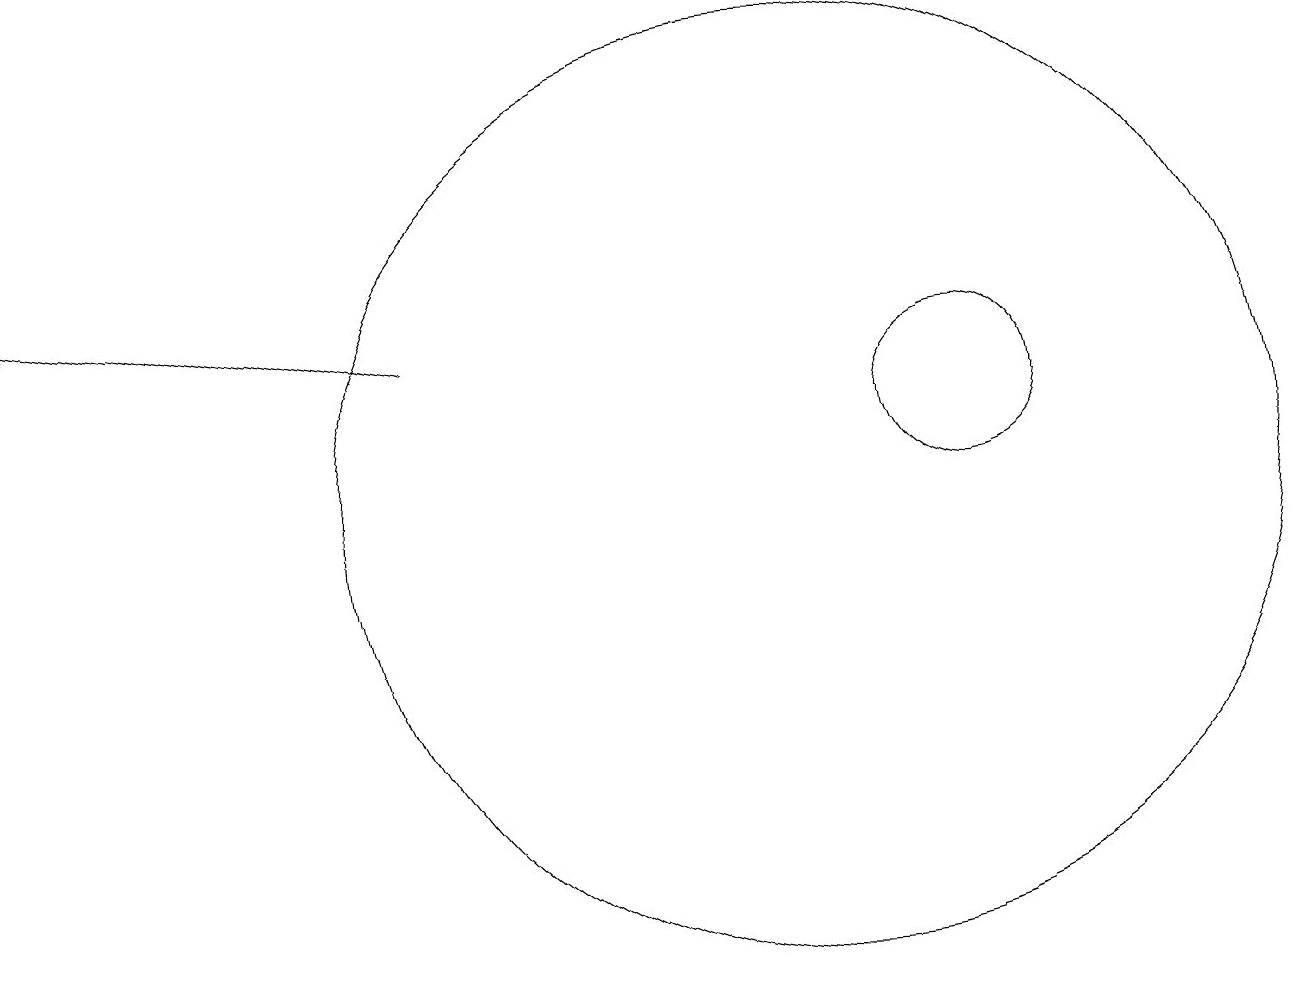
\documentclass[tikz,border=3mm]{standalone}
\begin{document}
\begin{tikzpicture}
\draw (10,10) circle (6);
\draw[->] (5,12) -- (0,13);
\draw (12,11) circle (1);
\draw (10,11) circle (0);
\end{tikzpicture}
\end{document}